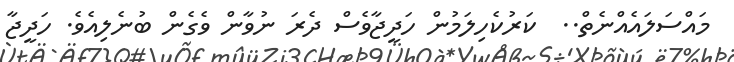
މައްސަލައެއްނެތް..  ކަރުކެހިލަމުން ހަދީޖާވެސް ދެރަ ނުވާން ވެގެން ބުނެލިއެވެ. ހަދީޖާ